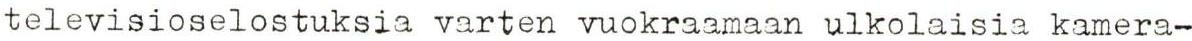
televisioselostuksia varten vuokraamaan ulkolaisia kamera-